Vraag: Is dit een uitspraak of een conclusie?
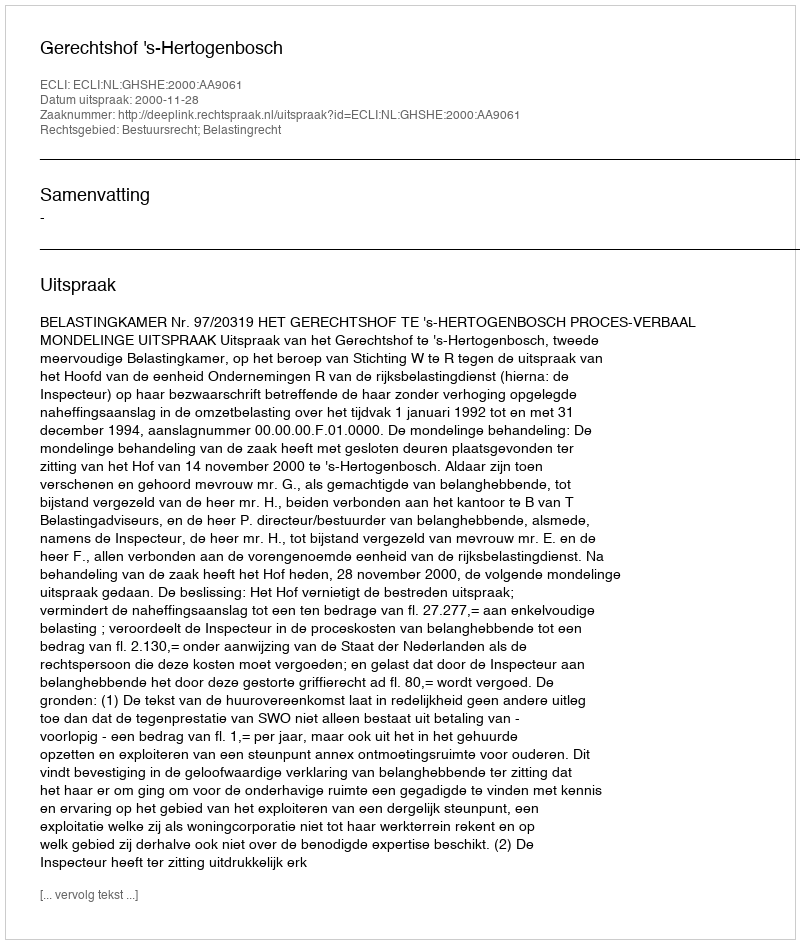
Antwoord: Uitspraak